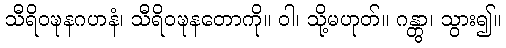
သီရိဝဍ္ဎနဂဟနံ၊ သီရိဝဍ္ဎနတောကို။ ဝါ၊ သို့မဟုတ်။ ဂန္တွာ၊ သွား၍။